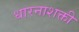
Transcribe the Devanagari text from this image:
धारनाशक्ती